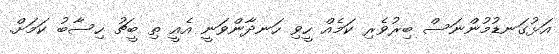
އަޅުގަނޑުމުންނަސް ބިރުވެރި ކަމެއް ހީވި ހަނދާންވަނީ އެއީ ތި ބީޗު ހިސާބު ކަމަށް.